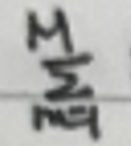
\(\frac{M}{\sum\limits_{i = 1}^{n}A_{i}}\)